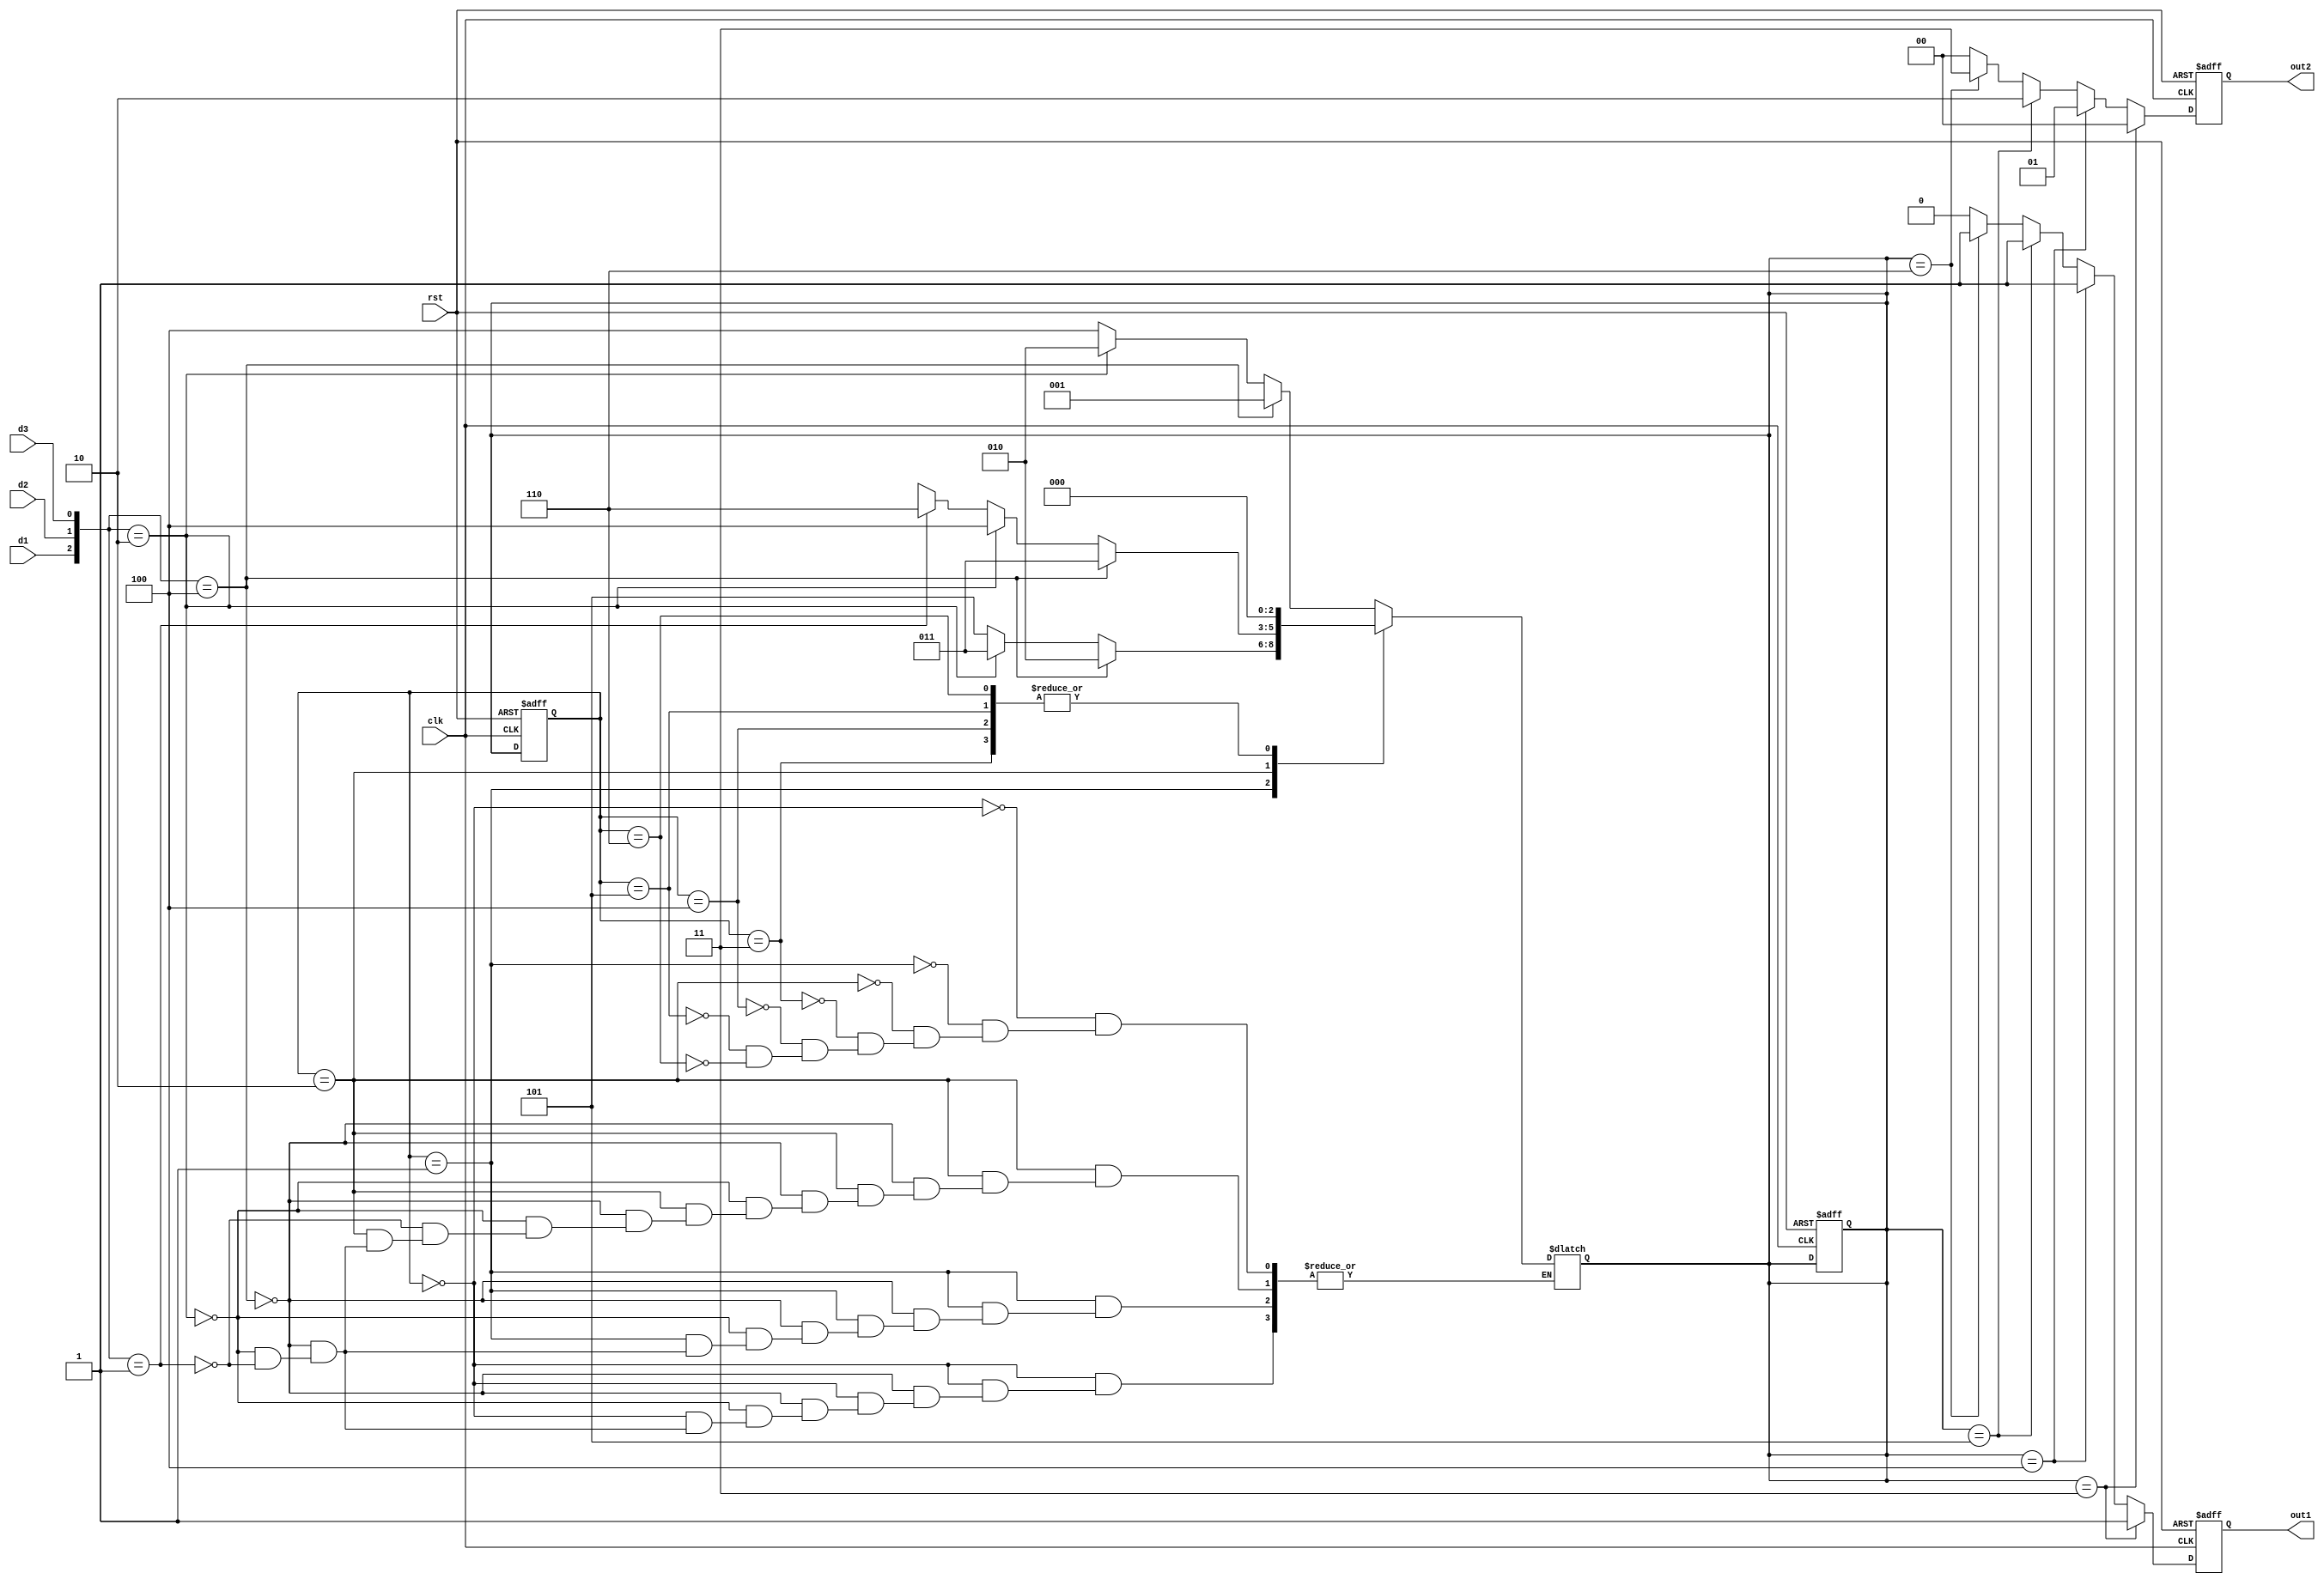

//1.d1,d2,d3elsenext_state=next_statezero
//2. rststate,next_staterststatezeronext_statestate<=next_statestate
`timescale 1ns/1ns
module seller1(
	input wire clk  ,
	input wire rst  ,
	input wire d1 ,
	input wire d2 ,
	input wire d3 ,
	
	output reg out1,
	output reg [1:0]out2
);
//*************code***********//
parameter zero=0,half=1,one=2,one_half=3,two=4,two_half=5,three=6;
reg [2:0] state,next_state;
always @(posedge clk or negedge rst)
begin
if(!rst)
begin
state<=zero;
next_state<=zero;
end
else
state<=next_state;
end

always @(*)
begin
case(state)
zero:
begin 
if({d1,d2,d3}==3'b100)
next_state=half;
else if({d1,d2,d3}==3'b010)
next_state=one;
else if({d1,d2,d3}==3'b001)
next_state=two;
else
next_state=next_state;
end
half:
begin       
if({d1,d2,d3}==3'b100)
next_state=one;
else if({d1,d2,d3}==3'b010)
next_state=one_half;
else if({d1,d2,d3}==3'b001)
next_state=two_half;
else
next_state=next_state;
end
one:
begin       
if({d1,d2,d3}==3'b100)
next_state=one_half;
else if({d1,d2,d3}==3'b010)
next_state=two;
else if({d1,d2,d3}==3'b001)
next_state=three;
else if({d1,d2,d3}==3'b000)
next_state=next_state;
end
one_half:
begin       
next_state=zero;
end
two:
begin       
next_state=zero;
end
two_half:
begin
next_state=zero;
end
three:
begin
next_state=zero;
end
endcase
end

always @(posedge clk or negedge rst)
begin
if(!rst)
begin
out1<=0;
out2<=0;
end
else if(next_state==one_half)
begin
out1<=1;
out2<=0;
end
else if(next_state==two)
begin
out1<=1;
out2<=1;
end
else if(next_state==two_half)
begin
out1<=1;
out2<=2;
end
else if(next_state==three)
begin
out1<=1;
out2<=3;
end
else
begin
out1<=0;
out2<=0;
end
end
//*************code***********//
endmodule